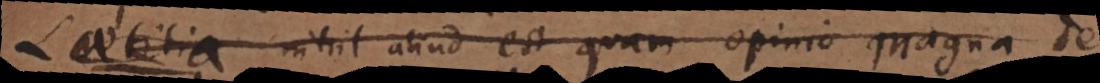
i a nihil aliud est quam opinio mag